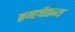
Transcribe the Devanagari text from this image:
ब्रम्हचैतन्य